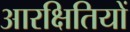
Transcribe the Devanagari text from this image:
आरक्षितियों